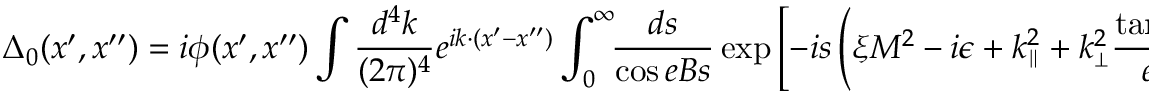
\Delta _ { 0 } ( x ^ { \prime } , x ^ { \prime \prime } ) = i \phi ( x ^ { \prime } , x ^ { \prime \prime } ) \int { \frac { d ^ { 4 } k } { ( 2 \pi ) ^ { 4 } } } e ^ { i k \cdot ( x ^ { \prime } - x ^ { \prime \prime } ) } \int _ { 0 } ^ { \infty } \! \! { \frac { d s } { \cos e B s } } \, { \exp { \left[ - i s \left( \xi M ^ { 2 } - i \epsilon + k _ { \scriptscriptstyle { \parallel } } ^ { 2 } + k _ { \scriptscriptstyle { \perp } } ^ { 2 } { \frac { \tan e B s } { e B s } } \right) \right] } } ,